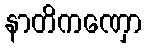
နာတိကဏှော